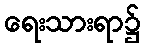
ရေးသားရာ၌